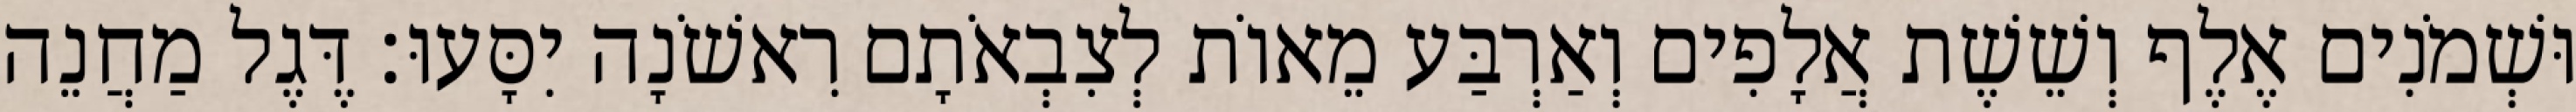
וּשְׁמֹנִים אֶלֶף וְשֵׁשֶׁת אֲלָפִים וְאַרְבַּע מֵאוֹת לְצִבְאֹתָם רִאשֹׁנָה יִסָּעוּ׃ דֶּגֶל מַחֲנֵה